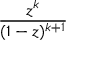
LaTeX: \frac { z ^ { k } } { ( 1 - z ) ^ { k + 1 } }